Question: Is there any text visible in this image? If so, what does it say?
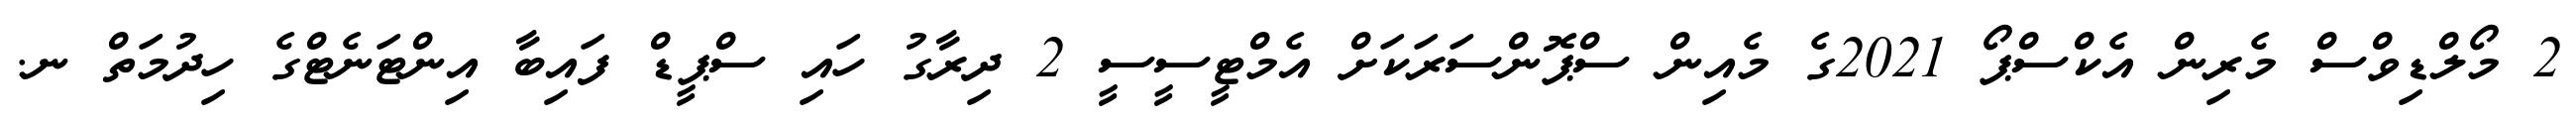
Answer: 2 މޯލްޑިވްސް މެރިން އެކްސްޕޯ 2021ގެ މެއިން ސްޕޮންސަރަކަށް އެމްޓީސީސީ 2 ދިރާގު ހައި ސްޕީޑް ފައިބާ އިންޓަނެޓްގެ ހިދުމަތް ނ.